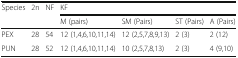
<table><thead><tr><td rowspan="2"><b>Species</b></td><td rowspan="2"><b>2n</b></td><td rowspan="2"><b>NF</b></td><td colspan="4"><b>KF</b></td></tr><tr><td><b>M (pairs)</b></td><td><b>SM (Pairs)</b></td><td><b>ST (Pairs)</b></td><td><b>A (Pairs)</b></td></tr></thead><tbody><tr><td>PEX</td><td>28</td><td>54</td><td>12 (1,4,6,10,11,14)</td><td>12 (2,5,7,8,9,13)</td><td>2 (3)</td><td>2 (12)</td></tr><tr><td>PUN</td><td>28</td><td>52</td><td>12 (1,4,6,10,11,14)</td><td>10 (2,5,7,8,13)</td><td>2 (3)</td><td>4 (9,10)</td></tr></tbody></table>